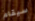
سيقام